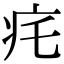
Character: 𤴱